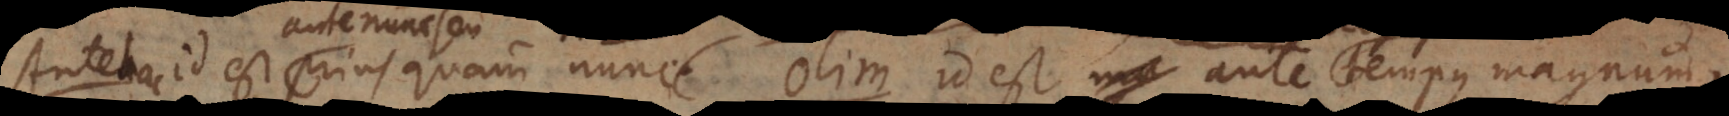
Antehac id est prius quam nunc. Olim id est ante tempus magnum.